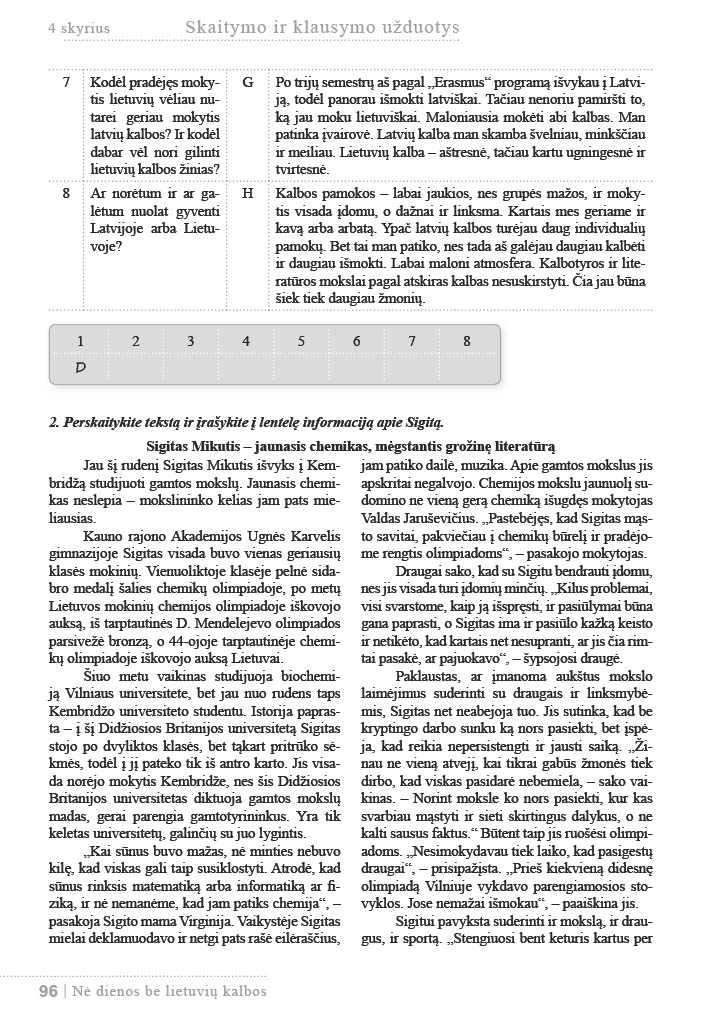
Language: lt